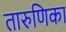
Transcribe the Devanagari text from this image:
तारुणिका